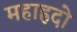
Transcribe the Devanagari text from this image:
महाह्रदो